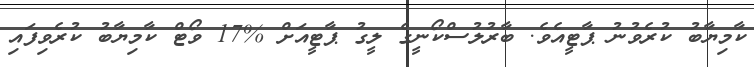
ކާމިޔާބު ކުރެވުނު ޕާޓީއެވެ. ބާރުލުސްކޯނީގެ ލީގު ޕާޓީއަށް %17 ވޯޓް ކާމިޔާބު ކުރެވިފައި